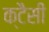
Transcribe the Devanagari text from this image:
क्टैसी